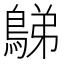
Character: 𪁩